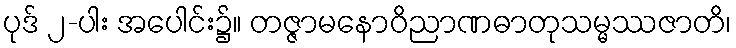
ပုဒ် ၂-ပါး အပေါင်း၌။ တဇ္ဇာမနောဝိညာဏဓာတုသမ္မဿဇာတိ၊